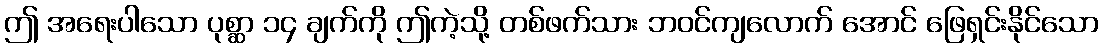
ဤ အရေးပါသော ပုစ္ဆာ ၁၄ ချက်ကို ဤကဲ့သို့ တစ်ဖက်သား ဘဝင်ကျလောက် အောင် ဖြေရှင်းနိုင်သော